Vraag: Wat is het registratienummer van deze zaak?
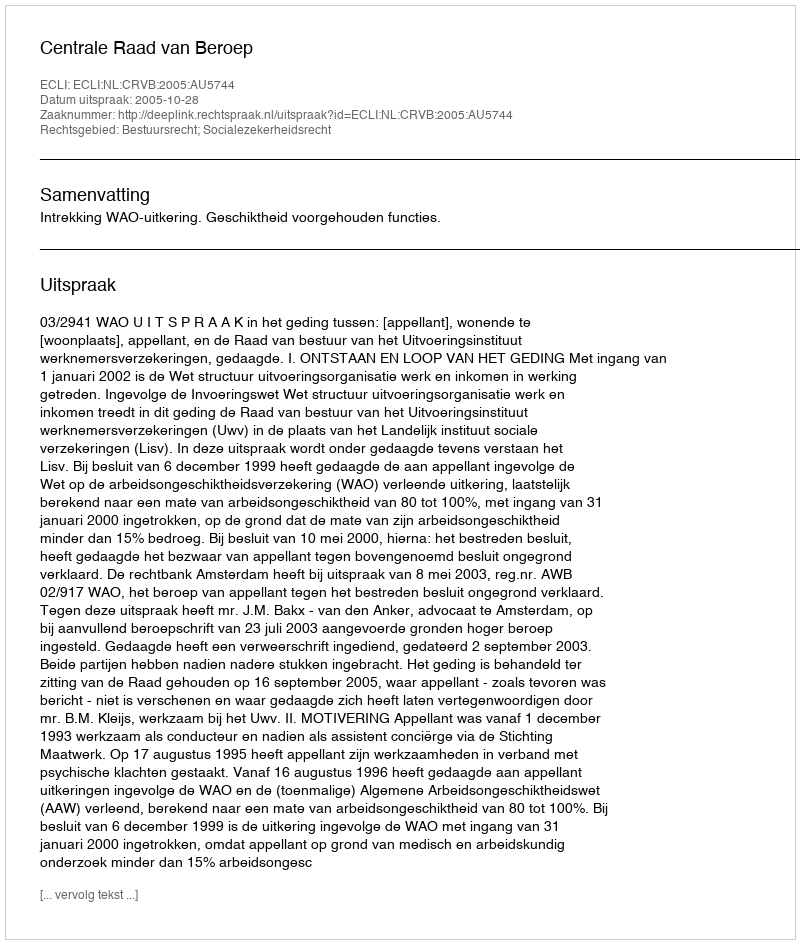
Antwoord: http://deeplink.rechtspraak.nl/uitspraak?id=ECLI:NL:CRVB:2005:AU5744